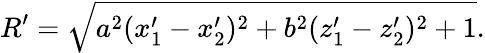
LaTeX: R^{\prime}=\sqrt{a^{2}(x_{1}^{\prime}-x_{2}^{\prime})^{2}+b^{2}(z_{1}^{\prime}-z_{2}^{\prime})^{2}+1}.